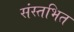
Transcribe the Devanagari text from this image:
संस्तभित